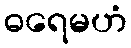
ဓရေမဟံ